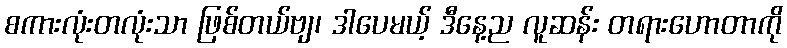
စကားလုံးတလုံးသာ ဖြစ်တယ်ဗျ၊ ဒါပေမယ့် ဒီနေ့ည လူဆန်း တရားဟောတာကို